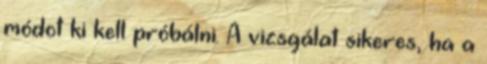
módot ki kell próbálni. A vizsgálat sikeres, ha a